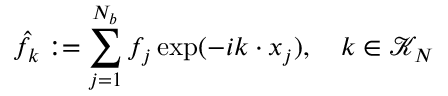
\hat { f } _ { \boldsymbol k } : = \sum _ { j = 1 } ^ { N _ { b } } f _ { j } \exp ( - i \boldsymbol k \cdot \boldsymbol x _ { j } ) , \quad \boldsymbol k \in \mathcal { K } _ { N }